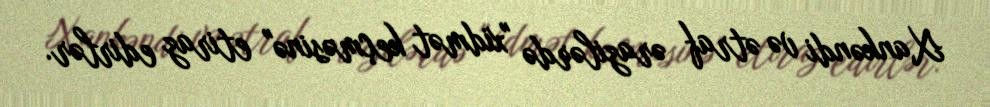
Xankəndi və ətraf ərazilərdə "xidmət keçməsinə" etiraz edirlər.